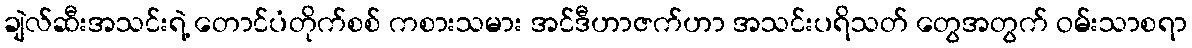
ချဲလ်ဆီးအသင်းရဲ့ တောင်ပံတိုက်စစ် ကစားသမား အင်ဒီဟာဇက်ဟာ အသင်းပရိသတ် တွေအတွက် ဝမ်းသာစရာ